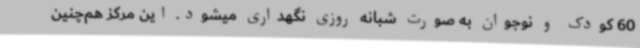
60 کودک و نوجوان به صورت شبانه روزی نگهداری میشود. این مرکز هم‌چنین